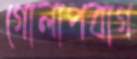
গোলাপবাগ